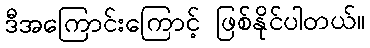
ဒီအကြောင်းကြောင့် ဖြစ်နိုင်ပါတယ်။